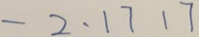
- 2 . 1 7 1 7